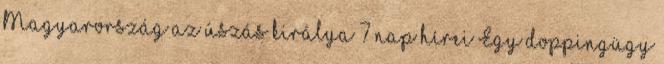
Magyarország az úszás királya 7 nap hírei Egy doppingügy